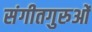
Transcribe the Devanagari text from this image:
संगीतगुरुओं